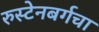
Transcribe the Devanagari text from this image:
रुस्टेनबर्गचा